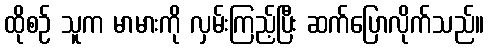
ထိုစဉ် သူက မာမားကို လှမ်းကြည့်ပြီး ဆက်ပြောလိုက်သည်။